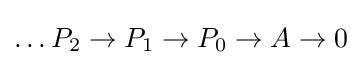
\dots P_{2}\to P_{1}\to P_{0}\to A\to 0